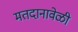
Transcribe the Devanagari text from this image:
मतदानावेळी